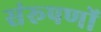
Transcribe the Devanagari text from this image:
संरूपणों